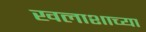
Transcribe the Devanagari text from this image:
खलाशाच्या